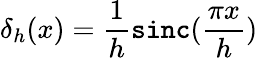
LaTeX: \delta_{h}(x)=\frac{1}{h}\mathtt{sinc}(\frac{\pi x}{h})